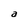
Character: a